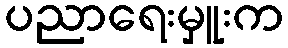
ပညာရေးမှူးက